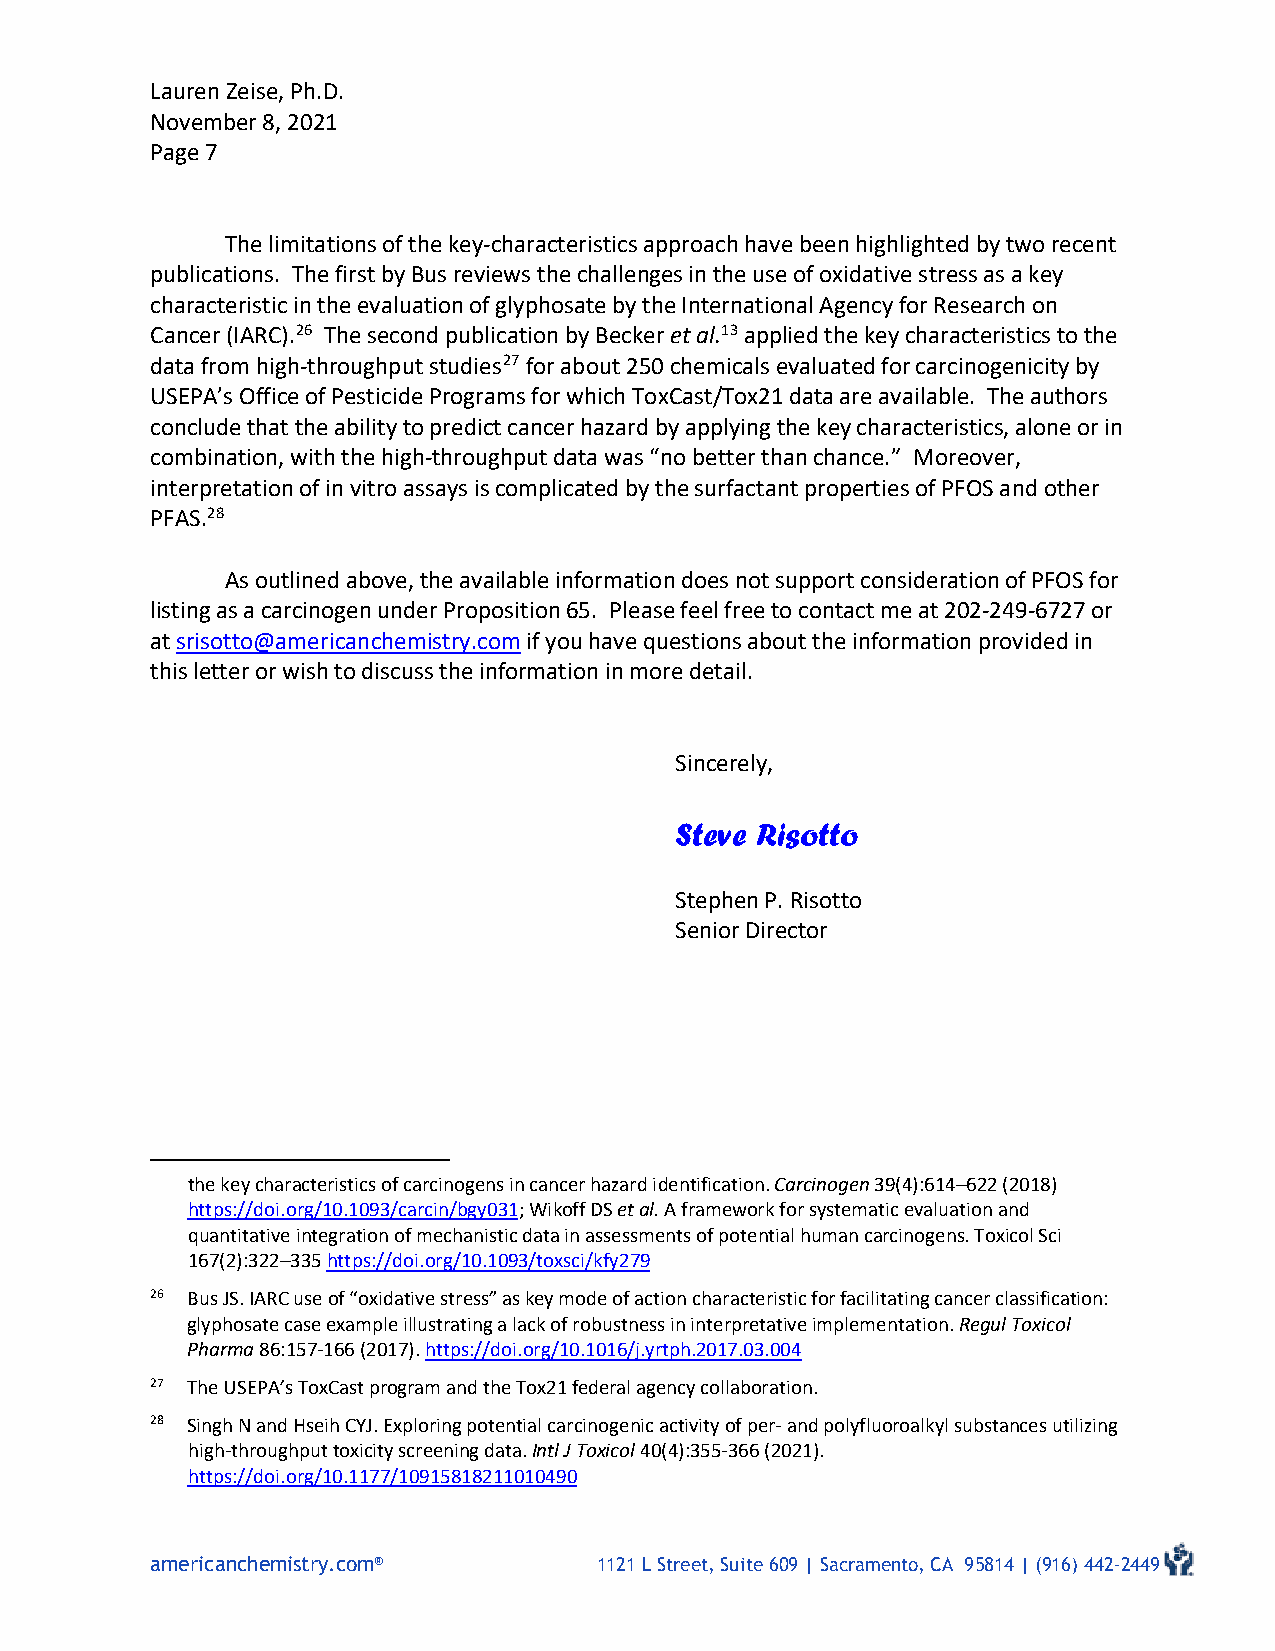
Lauren Zeise, Ph.D.
 November 8, 2021
 Page 7
 The limitations of the key-characteristics approach have been highlighted by two recent
 publications. The first by Bus reviews the challenges in the use of oxidative stress as a key
 characteristic in the evaluation of glyphosate by the International Agency for Research on
 Cancer (IARC).26 The second publication by Becker et al.13 applied the key characteristics to the
 data from high-throughput studies27 for about 250 chemicals evaluated for carcinogenicity by
 USEPA’s Office of Pesticide Programs for which ToxCast/Tox21 data are available. The authors
 conclude that the ability to predict cancer hazard by applying the key characteristics, alone or in
 combination, with the high-throughput data was “no better than chance.” Moreover,
 interpretation of in vitro assays is complicated by the surfactant properties of PFOS and other
 PFAS.28
 As outlined above, the available information does not support consideration of PFOS for
 listing as a carcinogen under Proposition 65. Please feel free to contact me at 202-249-6727 or
 at srisotto@americanchemistry.com if you have questions about the information provided in
 this letter or wish to discuss the information in more detail.
 Sincerely,
 Steve Risotto
 Stephen P. Risotto
 Senior Director
 the key characteristics of carcinogens in cancer hazard identification. Carcinogen 39(4):614–622 (2018)
 https://doi.org/10.1093/carcin/bgy031; Wikoff DS et al. A framework for systematic evaluation and
 quantitative integration of mechanistic data in assessments of potential human carcinogens. Toxicol Sci
 167(2):322–335 https://doi.org/10.1093/toxsci/kfy279
 26 Bus JS. IARC use of “oxidative stress” as key mode of action characteristic for facilitating cancer classification:
 glyphosate case example illustrating a lack of robustness in interpretative implementation. Regul Toxicol
 Pharma 86:157-166 (2017). https://doi.org/10.1016/j.yrtph.2017.03.004
 27 The USEPA’s ToxCast program and the Tox21 federal agency collaboration.
 28 Singh N and Hseih CYJ. Exploring potential carcinogenic activity of per- and polyfluoroalkyl substances utilizing
 high-throughput toxicity screening data. Intl J Toxicol 40(4):355-366 (2021).
 https://doi.org/10.1177/10915818211010490
 americanchemistry.com®        1121 L Street, Suite 609 | Sacramento, CA 95814 | (916) 442-2449